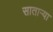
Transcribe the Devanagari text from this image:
सातार्‍या